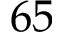
6 5